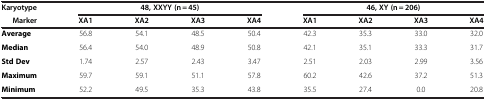
| Karyotype | <COLSPAN=4> 48, XXYY (n = 45) | <COLSPAN=4> 46, XY (n = 206) |
 | Marker | XA1 | XA2 | XA3 | XA4 | XA1 | XA2 | XA3 | XA4 |
 | --- | --- | --- | --- | --- | --- | --- | --- | --- |
 | Average | 56.8 | 54.1 | 48.5 | 50.4 | 42.3 | 35.3 | 33.0 | 32.0 |
 | Median | 56.4 | 54.0 | 48.9 | 50.8 | 42.1 | 35.1 | 33.3 | 31.7 |
 | Std Dev | 1.74 | 2.57 | 2.43 | 3.47 | 2.51 | 2.03 | 2.99 | 3.56 |
 | Maximum | 59.7 | 59.1 | 51.1 | 57.8 | 60.2 | 42.6 | 37.2 | 51.3 |
 | Minimum | 52.2 | 49.5 | 35.3 | 43.8 | 35.5 | 27.4 | 0.0 | 20.8 |